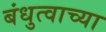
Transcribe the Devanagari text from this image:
बंधुत्वाच्या